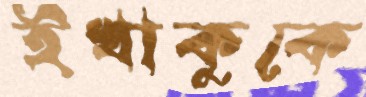
ইখাকুকে